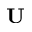
\bf { U }